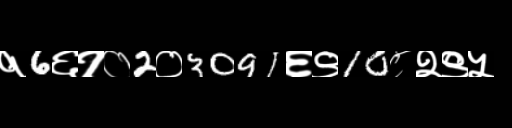
Text: १6६१०2०3091६९10८२९५